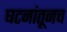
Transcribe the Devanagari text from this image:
घटनांतूनच